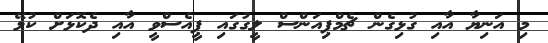
މި އަނިޔާ އާއި ގުޅިގެން ޗެމްޕިއަންސް ލީގުގައި ޕީއެސްވީ އާއި ދެކޮޅަށް ކުޅޭ